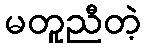
မတူညီတဲ့